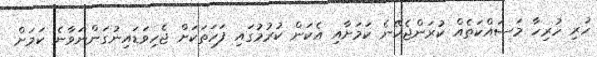
ހުރި ހުރިހާ މަސައްކަތެއް ކުރަންޖެހޭނެ ކަމަށާއި އެކަން ކުރުމުގައި ފަހަތަކަށް ޖެހިވަޑައިނުގަންނަވާނެ ކަމަށް